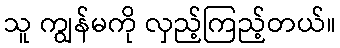
သူ ကျွန်မကို လှည့်ကြည့်တယ်။